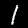
Digit: 1